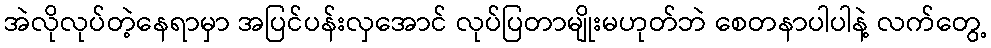
အဲလိုလုပ်တဲ့နေရာမှာ အပြင်ပန်းလှအောင် လုပ်ပြတာမျိုးမဟုတ်ဘဲ စေတနာပါပါနဲ့ လက်တွေ့